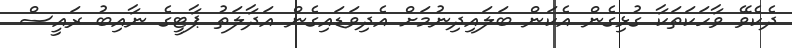
ދެކެވޭ ވާހަކަތަކާ ގުޅިގެން އެކަން ބަލައިދިނުމަށް އެދިވަޑައިގެން އަދާލަތު ޕާޓީގެ ނާއިބު ރައީސް